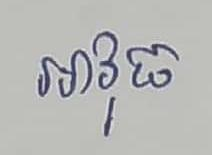
អាវុធ